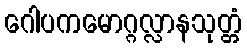
ဂေါပကမောဂ္ဂလ္လာနသုတ္တံ